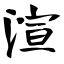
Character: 渲